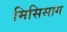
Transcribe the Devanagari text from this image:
मिसिसाग